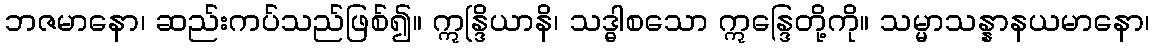
ဘဇမာနော၊ ဆည်းကပ်သည်ဖြစ်၍။ ဣန္ဒြိယာနိ၊ သဒ္ဓါစသော ဣန္ဒြေတို့ကို။ သမ္မာသန္နာနယမာနော၊